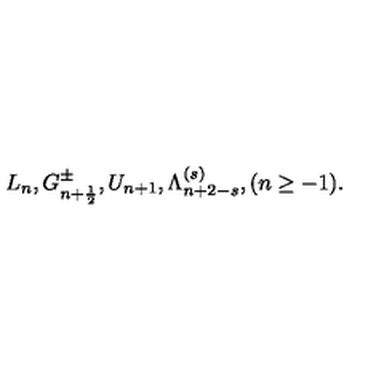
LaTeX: L _ { n } , G _ { n + \frac { 1 } { 2 } } ^ { \pm } , U _ { n + 1 } , \Lambda _ { n + 2 - s } ^ { ( s ) } , ( n \geq - 1 ) .